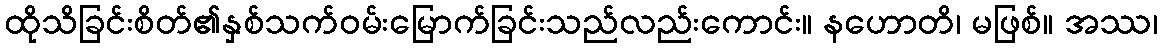
ထိုသိခြင်းစိတ်၏နှစ်သက်ဝမ်းမြောက်ခြင်းသည်လည်းကောင်း။ နဟောတိ၊ မဖြစ်။ အဿ၊